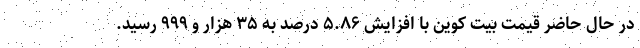
در حال حاضر قیمت بیت کوین با افزایش ۵.۸۶ درصد به ۳۵ هزار و ۹۹۹ رسید.